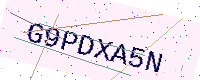
Text: G9PDXA5N